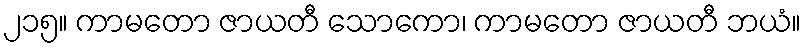
၂၁၅။ ကာမတော ဇာယတီ သောကော၊ ကာမတော ဇာယတီ ဘယံ။